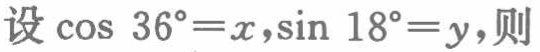
设\(\cos\ 36^{\circ}=x,\sin\ 18^{\circ}=y\)，则